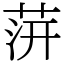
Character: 䓑